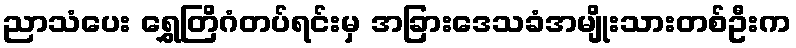
ညာသံပေး ရွှေတြိဂံတပ်ရင်းမှ အခြားဒေသခံအမျိုးသားတစ်ဦးက